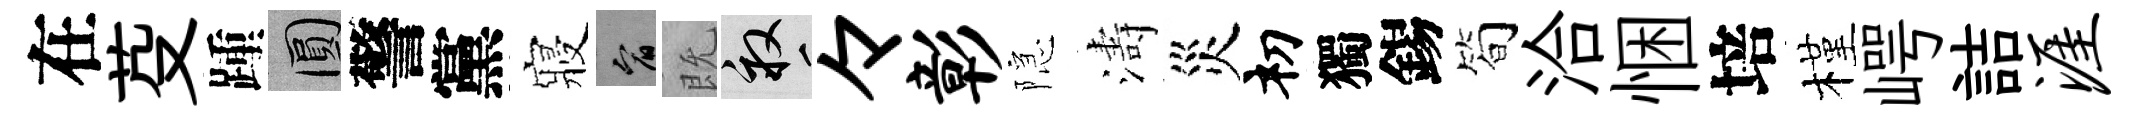
在芟踵圓警黨寢宥既畝々彰隠濤災𥘉獨錫简洽悃培槿崿詰涯